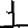
Digit: 1